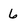
Character: 6